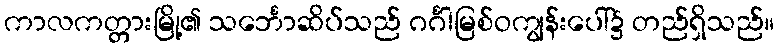
ကာလကတ္တားမြို့၏ သင်္ဘောဆိပ်သည် ဂင်္ဂါမြစ်ဝကျွန်းပေါ်၌ တည်ရှိသည်။